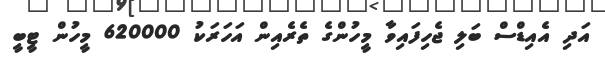
އަދި އެއިޑްސް ބަލި ޖެހިފައިވާ މީހުންގެ ތެރެއިން އަހަރަކު 620000 މީހުން ޓީބީ